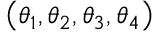
\left( \theta _ { 1 } , \theta _ { 2 } , \theta _ { 3 } , \theta _ { 4 } \right)